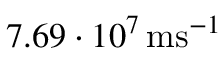
7 . 6 9 \cdot 1 0 ^ { 7 } \, \mathrm { m } \mathrm { s } ^ { - 1 }